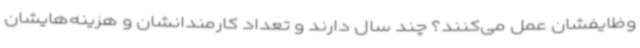
وظایفشان عمل می‌کنند؟ چند سال دارند و تعداد کارمندانشان و هزینه‌هایشان